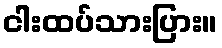
ငါးထပ်သားပြား။